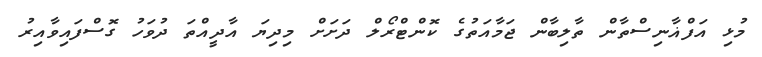
މުޅި އަފްޣާނިސްތާން ތާލިބާން ޖަމާއަތުގެ ކޮންޓްރޯލް ދަށަށް މިދިޔަ އާދީއްތަ ދުވަހު ގޮސްފައިވާއިރު